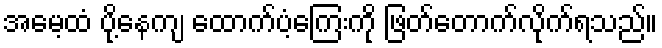
အမေ့ထံ ပို့နေကျ ထောက်ပံ့ကြေးကို ဖြတ်တောက်လိုက်ရသည်။